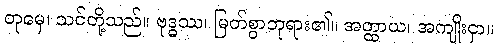
တုမှေ၊ သင်တို့သည်။ ဗုဒ္ဓဿ၊ မြတ်စွာဘုရား၏။ အတ္ထာယ၊ အကျိုးငှာ။